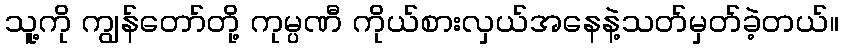
သူ့ကို ကျွန်တော်တို့ ကုမ္ပဏီ ကိုယ်စားလှယ်အနေနဲ့သတ်မှတ်ခဲ့တယ်။